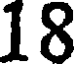
18